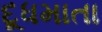
દૂધમાતા